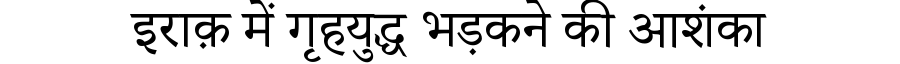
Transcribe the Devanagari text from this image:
इराक़ में गृहयुद्ध भड़कने की आशंका